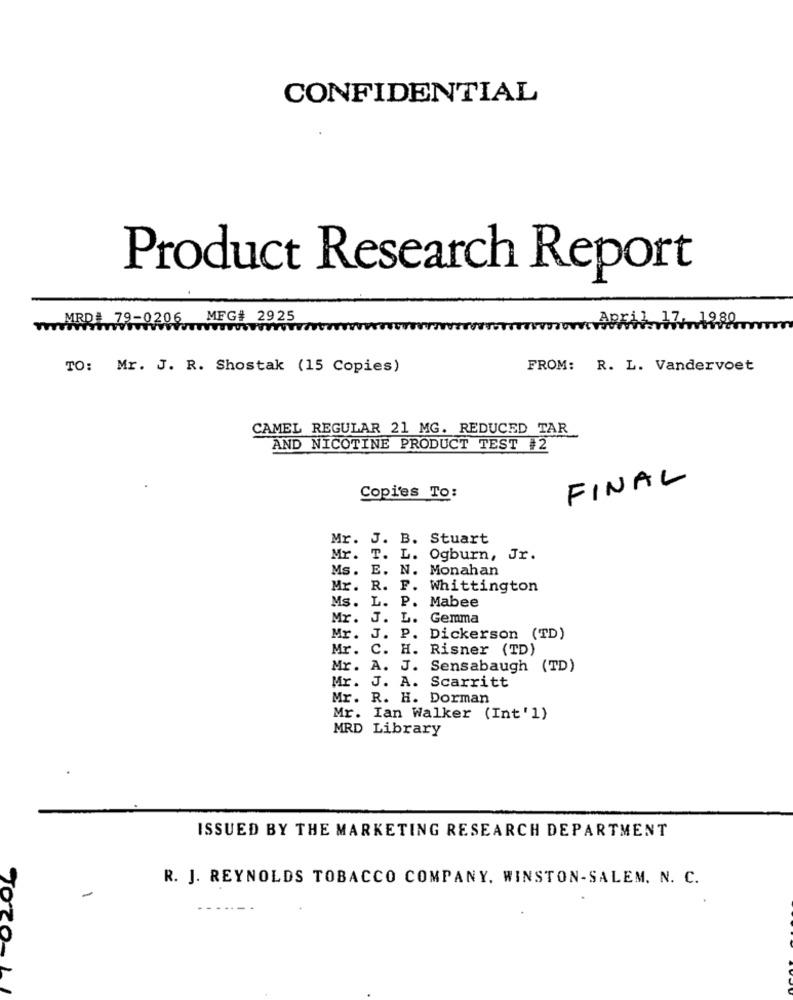
CONFIDENTIAL
Product Research Report
MRDE
-0206
MFG# 2925
Apri
1980
TO: Mr. J. R. Shostak (15 Copies)
FROM: R. L. Vandervoet
CAMEL REGULAR 21 MG. REDUCED TAR
AND NICOTINE PRODUCT TEST #2
FINAL
Copies To:
Mr. J. B. Stuart
Mr. T. L. Ogburn, Jr.
Ms. E. N. Monahan
Mr. R. F. Whittington
Ms. L. P. Mabee
Mr. J. L.
Gemma
Mr. J. P. Dickerson (TD)
Mr. C. H. Risner (TD)
Mr. A. J. Sensabaugh (TD)
Mr. J. A. Scarritt
Mr. R. H. Dorman
Mr. Ian Walker (Int'1)
MRD Library
ISSUED BY THE MARKETING RESEARCH DEPARTMENT
R. J. REYNOLDS TOBACCO COMPANY, WINSTON-SALEM. N. C.